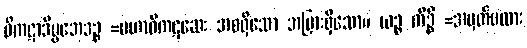
ဝိကဋာဒိပ္ပဘေဒဉ္စ =မဟာဝိကဋဆေး အစရှိသော အပြားရှိသော။ ယဉ္စ ကိဉ္စိ =အမှတ်မထား